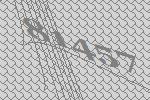
81457